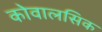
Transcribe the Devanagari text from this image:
कोवालसिक